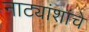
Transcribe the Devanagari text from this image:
नाट्यांशांचे